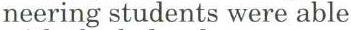
neering students were able